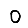
Digit: 0